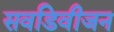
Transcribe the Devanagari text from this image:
सवडिवीजन